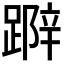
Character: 𨃛